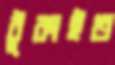
ঠুকাইত